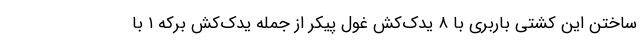
ساختن این کشتی باربری با ۸ یدک‌کش غول پیکر از جمله یدک‌کش برکه ۱ با